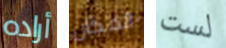
أراده المكان لست